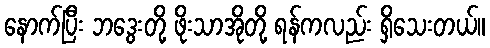
နောက်ပြီး ဘဒွေးတို့ ဖိုးသာအိုတို့ ရန်ကလည်း ရှိသေးတယ်။